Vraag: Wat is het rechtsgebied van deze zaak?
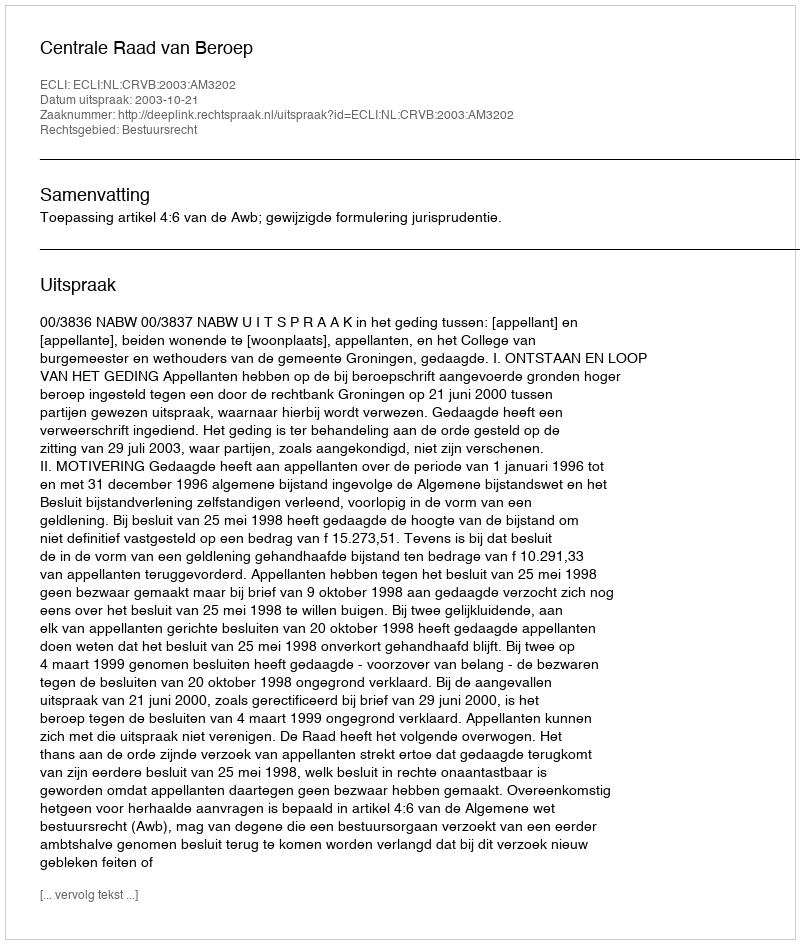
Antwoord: Bestuursrecht